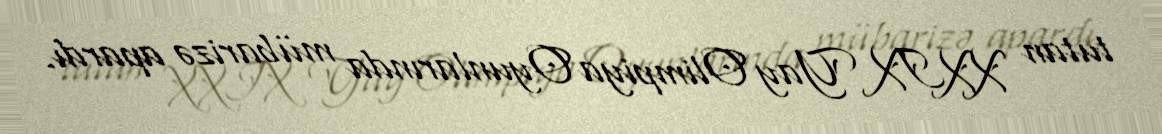
tutan XXIX Yay Olimpiya Oyunlarında mübarizə apardı.